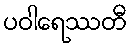
ပဝါရေဿတီ